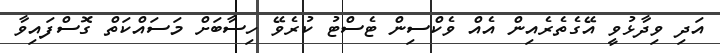
އަދި ވިދާޅުވީ އޭގެތެރެއިން އެއް ވެކްސިން ޓެސްޓު ކުރެވޭ ހިސާބަށް މަސައްކަތް ގޮސްފައިވާ